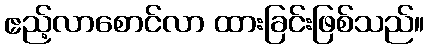
ဧည့်လာစောင်လာ ထားခြင်းဖြစ်သည်။